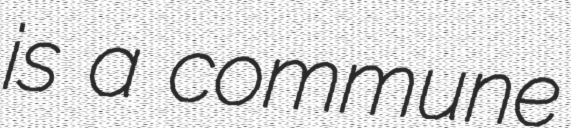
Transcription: is a commune